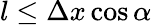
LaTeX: l\leq\Delta x\cos\alpha